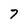
Character: 7